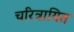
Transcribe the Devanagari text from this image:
चरित्रायित